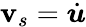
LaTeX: \boldsymbol{\mathbf{v}}_{s}=\dot{{\boldsymbol{u}}}